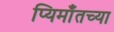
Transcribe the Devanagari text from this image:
प्यिमाँतच्या